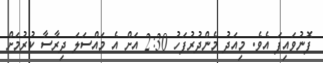
ފޮނުވައިފަ އެވެ. މިއަދު މެންދުރުފަހު 2:30 އަށް އެ މައްސަލަ ދިރާސާ ކުރުމަށް